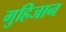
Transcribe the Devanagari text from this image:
गुहिजान